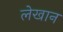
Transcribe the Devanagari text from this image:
लेखान